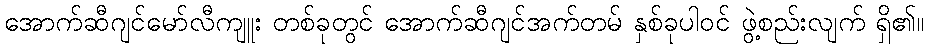
အောက်ဆီဂျင်မော်လီကျူး တစ်ခုတွင် အောက်ဆီဂျင်အက်တမ် နှစ်ခုပါဝင် ဖွဲ့စည်းလျက် ရှိ၏။